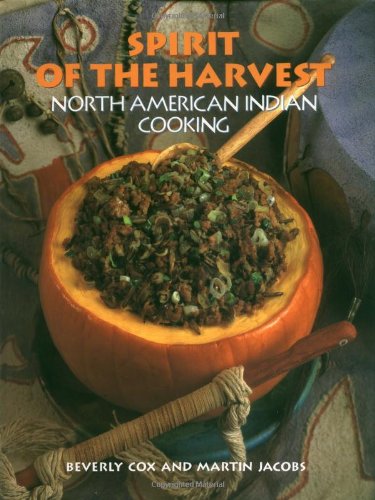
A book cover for Spirit of the Harvest: North American Indian Cooking; Beverly Cox; Cookbooks, Food & Wine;